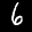
Label: 6